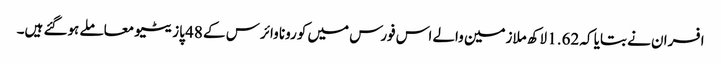
افسران نے بتایا کہ 1.62 لاکھ ملازمین والے اس فورس میں کورونا وائرس کے 48 پازیٹیو معاملے ہوگئے ہیں۔